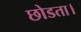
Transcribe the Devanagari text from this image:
छोडता।